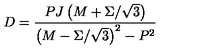
D = { \frac { P J \left( M + \Sigma / \sqrt { 3 } \right) } { \left( M - \Sigma / \sqrt { 3 } \right) ^ { 2 } - P ^ { 2 } } }